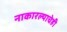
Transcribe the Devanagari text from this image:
नाकारल्याचेही